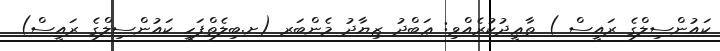
ކައުންސިލްގެ ރައީސް ) ތާޢީދުކުރެއްވި: ޢަބްދު ޒިޔާދު މެންބަރ (ށ.ބިލެތްފަހީ ކައުންސިލްގެ ރައީސް)